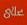
علع